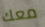
معك